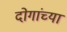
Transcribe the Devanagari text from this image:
दोगांच्या